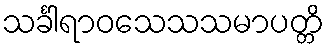
သင်္ခါရာဝသေသသမာပတ္တိ